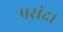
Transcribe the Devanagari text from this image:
पसंद।